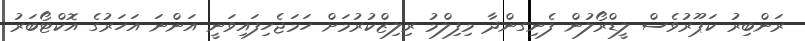
ރަންބިރު ކަޕޫރުވެސް ލީޑްރޯލުން ފެނިގންދާ މިފިލްމު ރިލިޒްކުރުމަށް ހަމަޖެހިފައިވަނީ އަންނަ އަހަރުގެ އޮކްޓޯބަރު